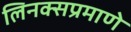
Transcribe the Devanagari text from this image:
लिनक्सप्रमाणे